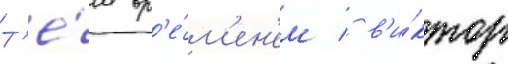
Т'е́м вр'е́м'ен'ем / в'и́ктор